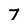
Character: 7